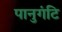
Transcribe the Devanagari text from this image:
पानुगंटि